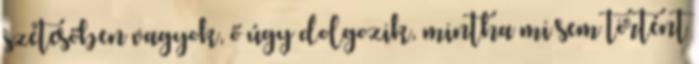
szétesőben vagyok, ő úgy dolgozik, mintha mi sem történt